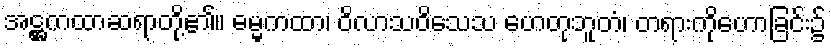
အဋ္ဌကထာဆရာတို့၏။ ဓမ္မကထာ၊ ဝိလာသဝိသေသ ဟေတုဘူတံ၊ တရားကိုဟောခြင်း၌